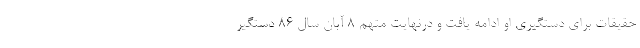
حقیقات برای دستگیری او ادامه یافت و درنهایت متهم ۸ آبان سال ۸۶ دستگیر